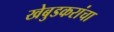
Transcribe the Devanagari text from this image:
खेबुडकरांचा